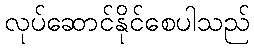
လုပ်ဆောင်နိုင်စေပါသည်